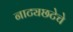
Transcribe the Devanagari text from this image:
नाट्यछटेचे